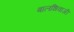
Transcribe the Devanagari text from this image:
बालशिवाजी